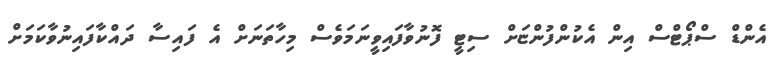
އެންޑް ސްޕޯޓްސް އިން އެކުންފުންޏަށް ސިޓީ ފޮނުވާފައިވީނަމަވެސް މިހާތަނަށް އެ ފައިސާ ދައްކާފައިނުވާކަމަށް